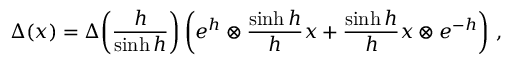
\Delta ( x ) = \Delta \! \left( \frac { h } { \sinh h } \right) \left( e ^ { h } \otimes \frac { \sinh h } { h } x + \frac { \sinh h } { h } x \otimes e ^ { - h } \right) \, ,